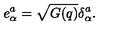
e _ { \alpha } ^ { a } = \sqrt { G ( q ) } \delta _ { \alpha } ^ { a } .